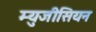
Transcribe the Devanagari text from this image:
म्युजीसियन